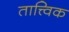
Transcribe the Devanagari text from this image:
तात्त्‍विक